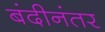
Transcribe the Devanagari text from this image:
बंदीनंतर